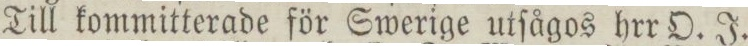
Till kommitterade för Swerige utſågos hrr O. J.